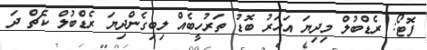
ފޮޓޯ: ރެޑްބުލް މިދިޔަ އަހަރު ބޮޑު ތަރުހީބެއް ލިބިގެންދިޔަ ރެޑްބުލް ކެޗް ދަ